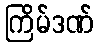
ကြိမ်ဒဏ်